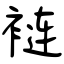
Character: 裢